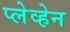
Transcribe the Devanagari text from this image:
प्लेव्हेन